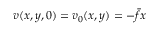
v ( x , y , 0 ) = v _ { 0 } ( x , y ) = - \bar { f } x